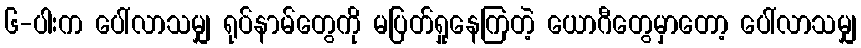
၆-ပါးက ပေါ်လာသမျှ ရုပ်နာမ်တွေကို မပြတ်ရှုနေကြတဲ့ ယောဂီတွေမှာတော့ ပေါ်လာသမျှ